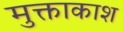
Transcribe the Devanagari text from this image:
मुक्ताकाश